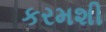
કરમશી